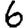
Digit: 6